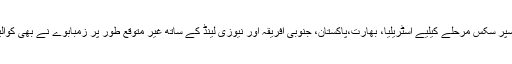
ایونٹ کے سپر سکس مرحلے کیلیے آسٹریلیا، بھارت،پاکستان، جنوبی افریقہ اور نیوزی لینڈ کے ساتھ غیر متوقع طور پر زمبابوے نے بھی کوالیفائی کر لیا۔